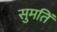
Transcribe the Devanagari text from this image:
सुमतिं